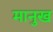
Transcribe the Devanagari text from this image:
मानुख